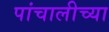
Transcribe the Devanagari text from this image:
पांचालीच्या